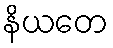
နိယတေ